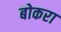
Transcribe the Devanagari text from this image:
बोकरा